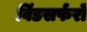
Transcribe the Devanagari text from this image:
विंडसर्फरों